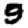
Digit: 9